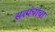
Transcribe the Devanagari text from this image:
सरपंचांचा